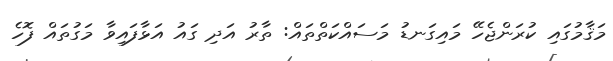
މަޤާމުގައި ކުރަންޖެހޭ މައިގަނޑު މަސައްކަތްތައް: ތާރު އަދި ގައު އަޅާފައިވާ މަގުތައް ފޮހެ